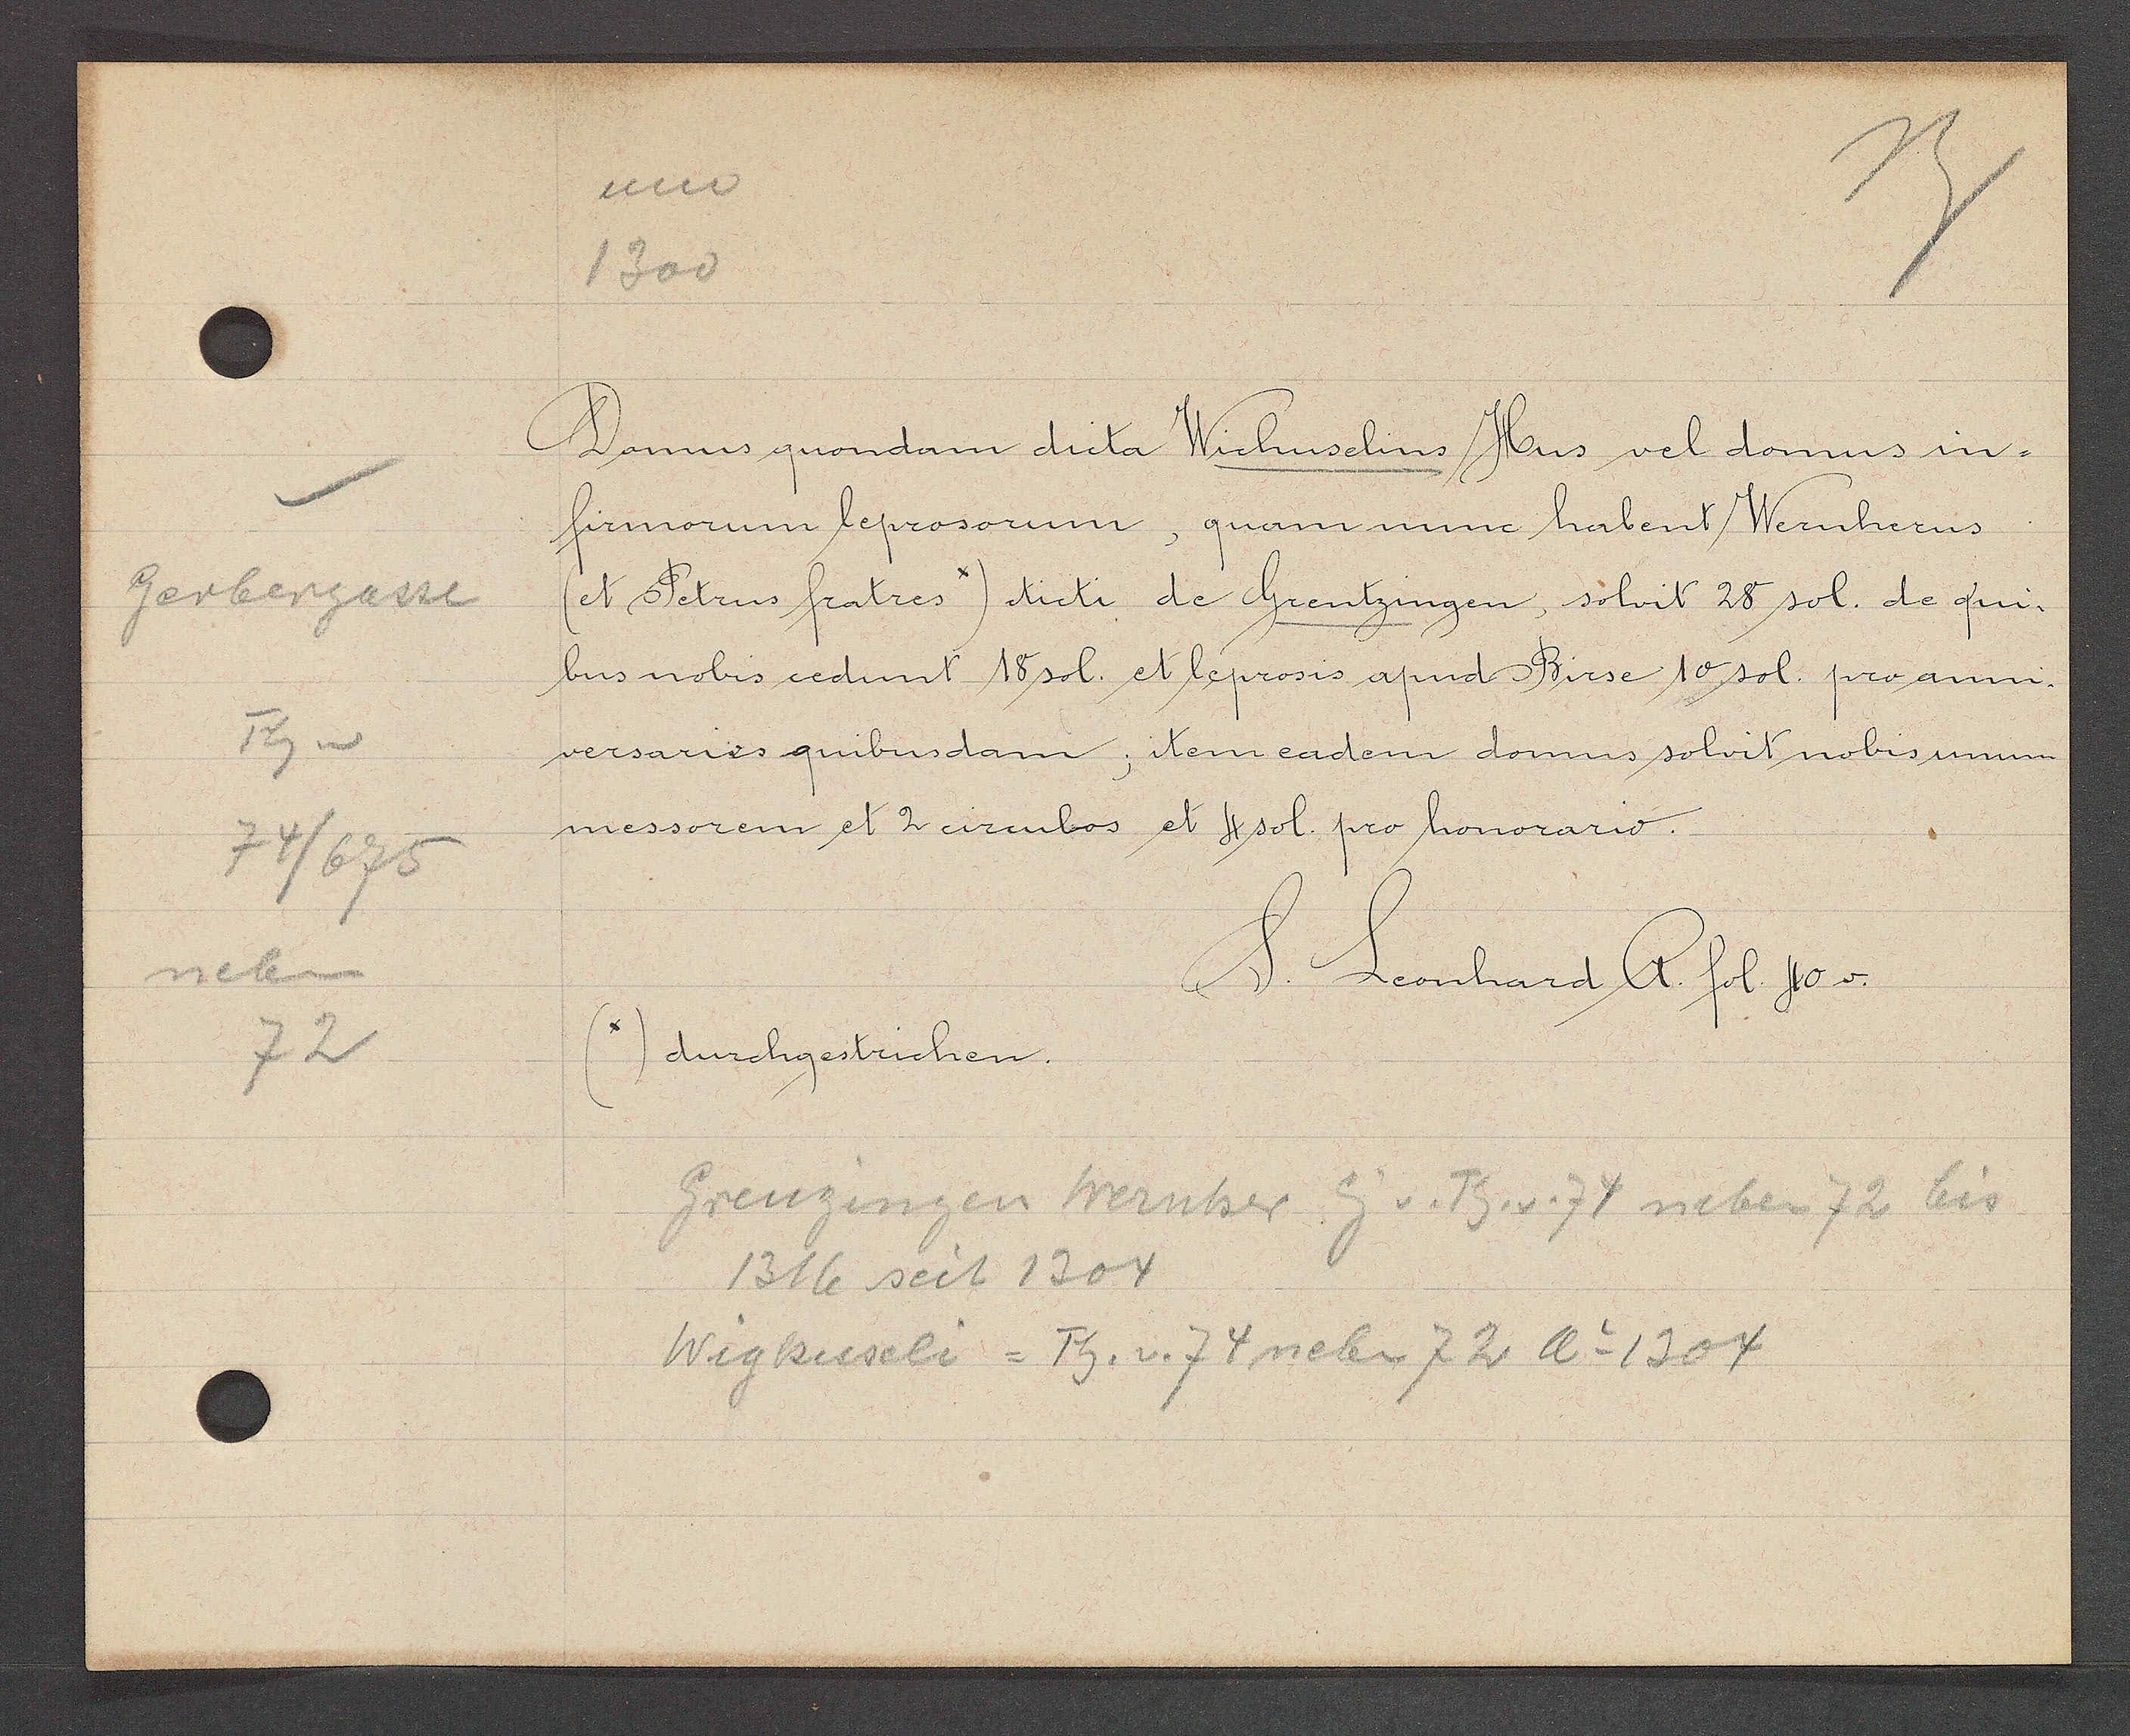
Transcript:
Gerbergasse
Th v
74/675
neben
72

1300

Domus quondam dicta Wichuselins Hus vel domus in¬
firmorum leprosorum, quam nunc habent Wernherus
(et Petrus fratres) dicti de Grentzingen, solvit 28 sol. de qui-
bus nobis cedunt 18 sol. et leprosis apud Birse 10 sol. pro anni-
versaries quibusdam, item eadem domus solvit nobis unum
messorem et 2 circulos et 4 sol. pro honorario.

durchgestrichen.

S. Leonhard A. fol. 40v.

Grenzingen Wernher Eig v. Th. v. 74 neben 72 bis
1316 seit 1304
Wigkuseli = Th. v. 74 neben 72 Ao 1304